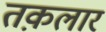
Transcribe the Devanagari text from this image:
तक़लार